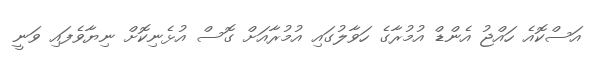
އަސްކޮއެ ހައްޖު އެންޑް އުމުރާގެ ހަވާލުގައި އުމުރާއަށް ގޮސް އުޅެނިކޮށް ނިޔާވެފައި ވަނީ